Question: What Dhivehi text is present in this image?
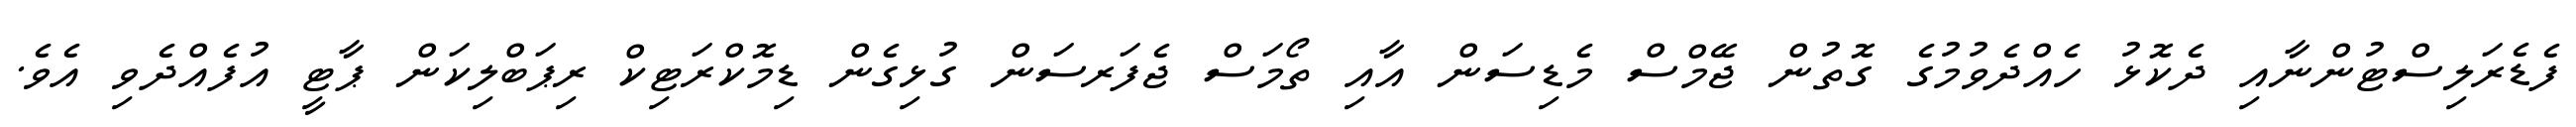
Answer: ފެޑެރަލިސްޓުންނާއި ދެކޮޅު ހެއްދެވުމުގެ ގޮތުން ޖޭމްސް މެޑިސަން އާއި ތޯމަސް ޖެފަރސަން ގުޅިގެން ޑިމޮކްރަޓިކް ރިޕަބްލިކަން ޕާޓީ އުފެއްދެވި އެވެ.